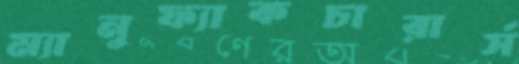
ম্যানুফ্যাকচারার্স